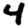
Digit: 4